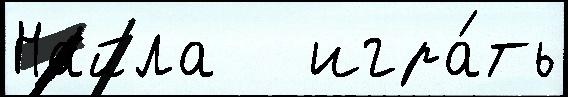
Найла   игра́ть